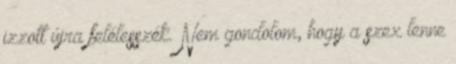
izzott újra felélesszék. Nem gondolom, hogy a szex lenne